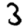
Digit: 3